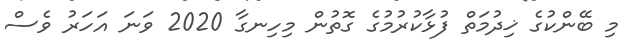
މި ބޭންކުގެ ޚިދުމަތް ފުޅާކުރުމުގެ ގޮތުން މިހިނގާ 2020 ވަނަ އަހަރު ވެސް